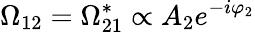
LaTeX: \Omega_{12}=\Omega_{21}^{*}\propto A_{2}e^{-i\varphi_{2}}